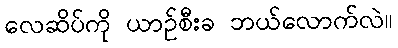
လေဆိပ်ကို ယာဉ်စီးခ ဘယ်လောက်လဲ။